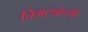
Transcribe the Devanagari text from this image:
चिमट्याच्या